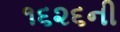
૧૬૨૬ની